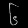
Digit: ၆